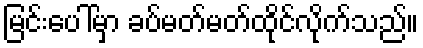
မြင်းပေါ်မှာ ခပ်မတ်မတ်ထိုင်လိုက်သည်။